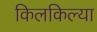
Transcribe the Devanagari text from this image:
किलकिल्या